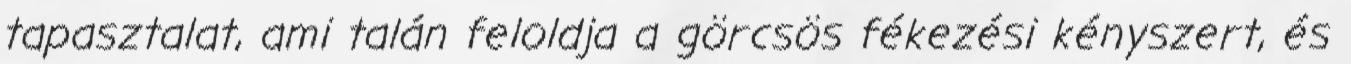
tapasztalat, ami talán feloldja a görcsös fékezési kényszert, és